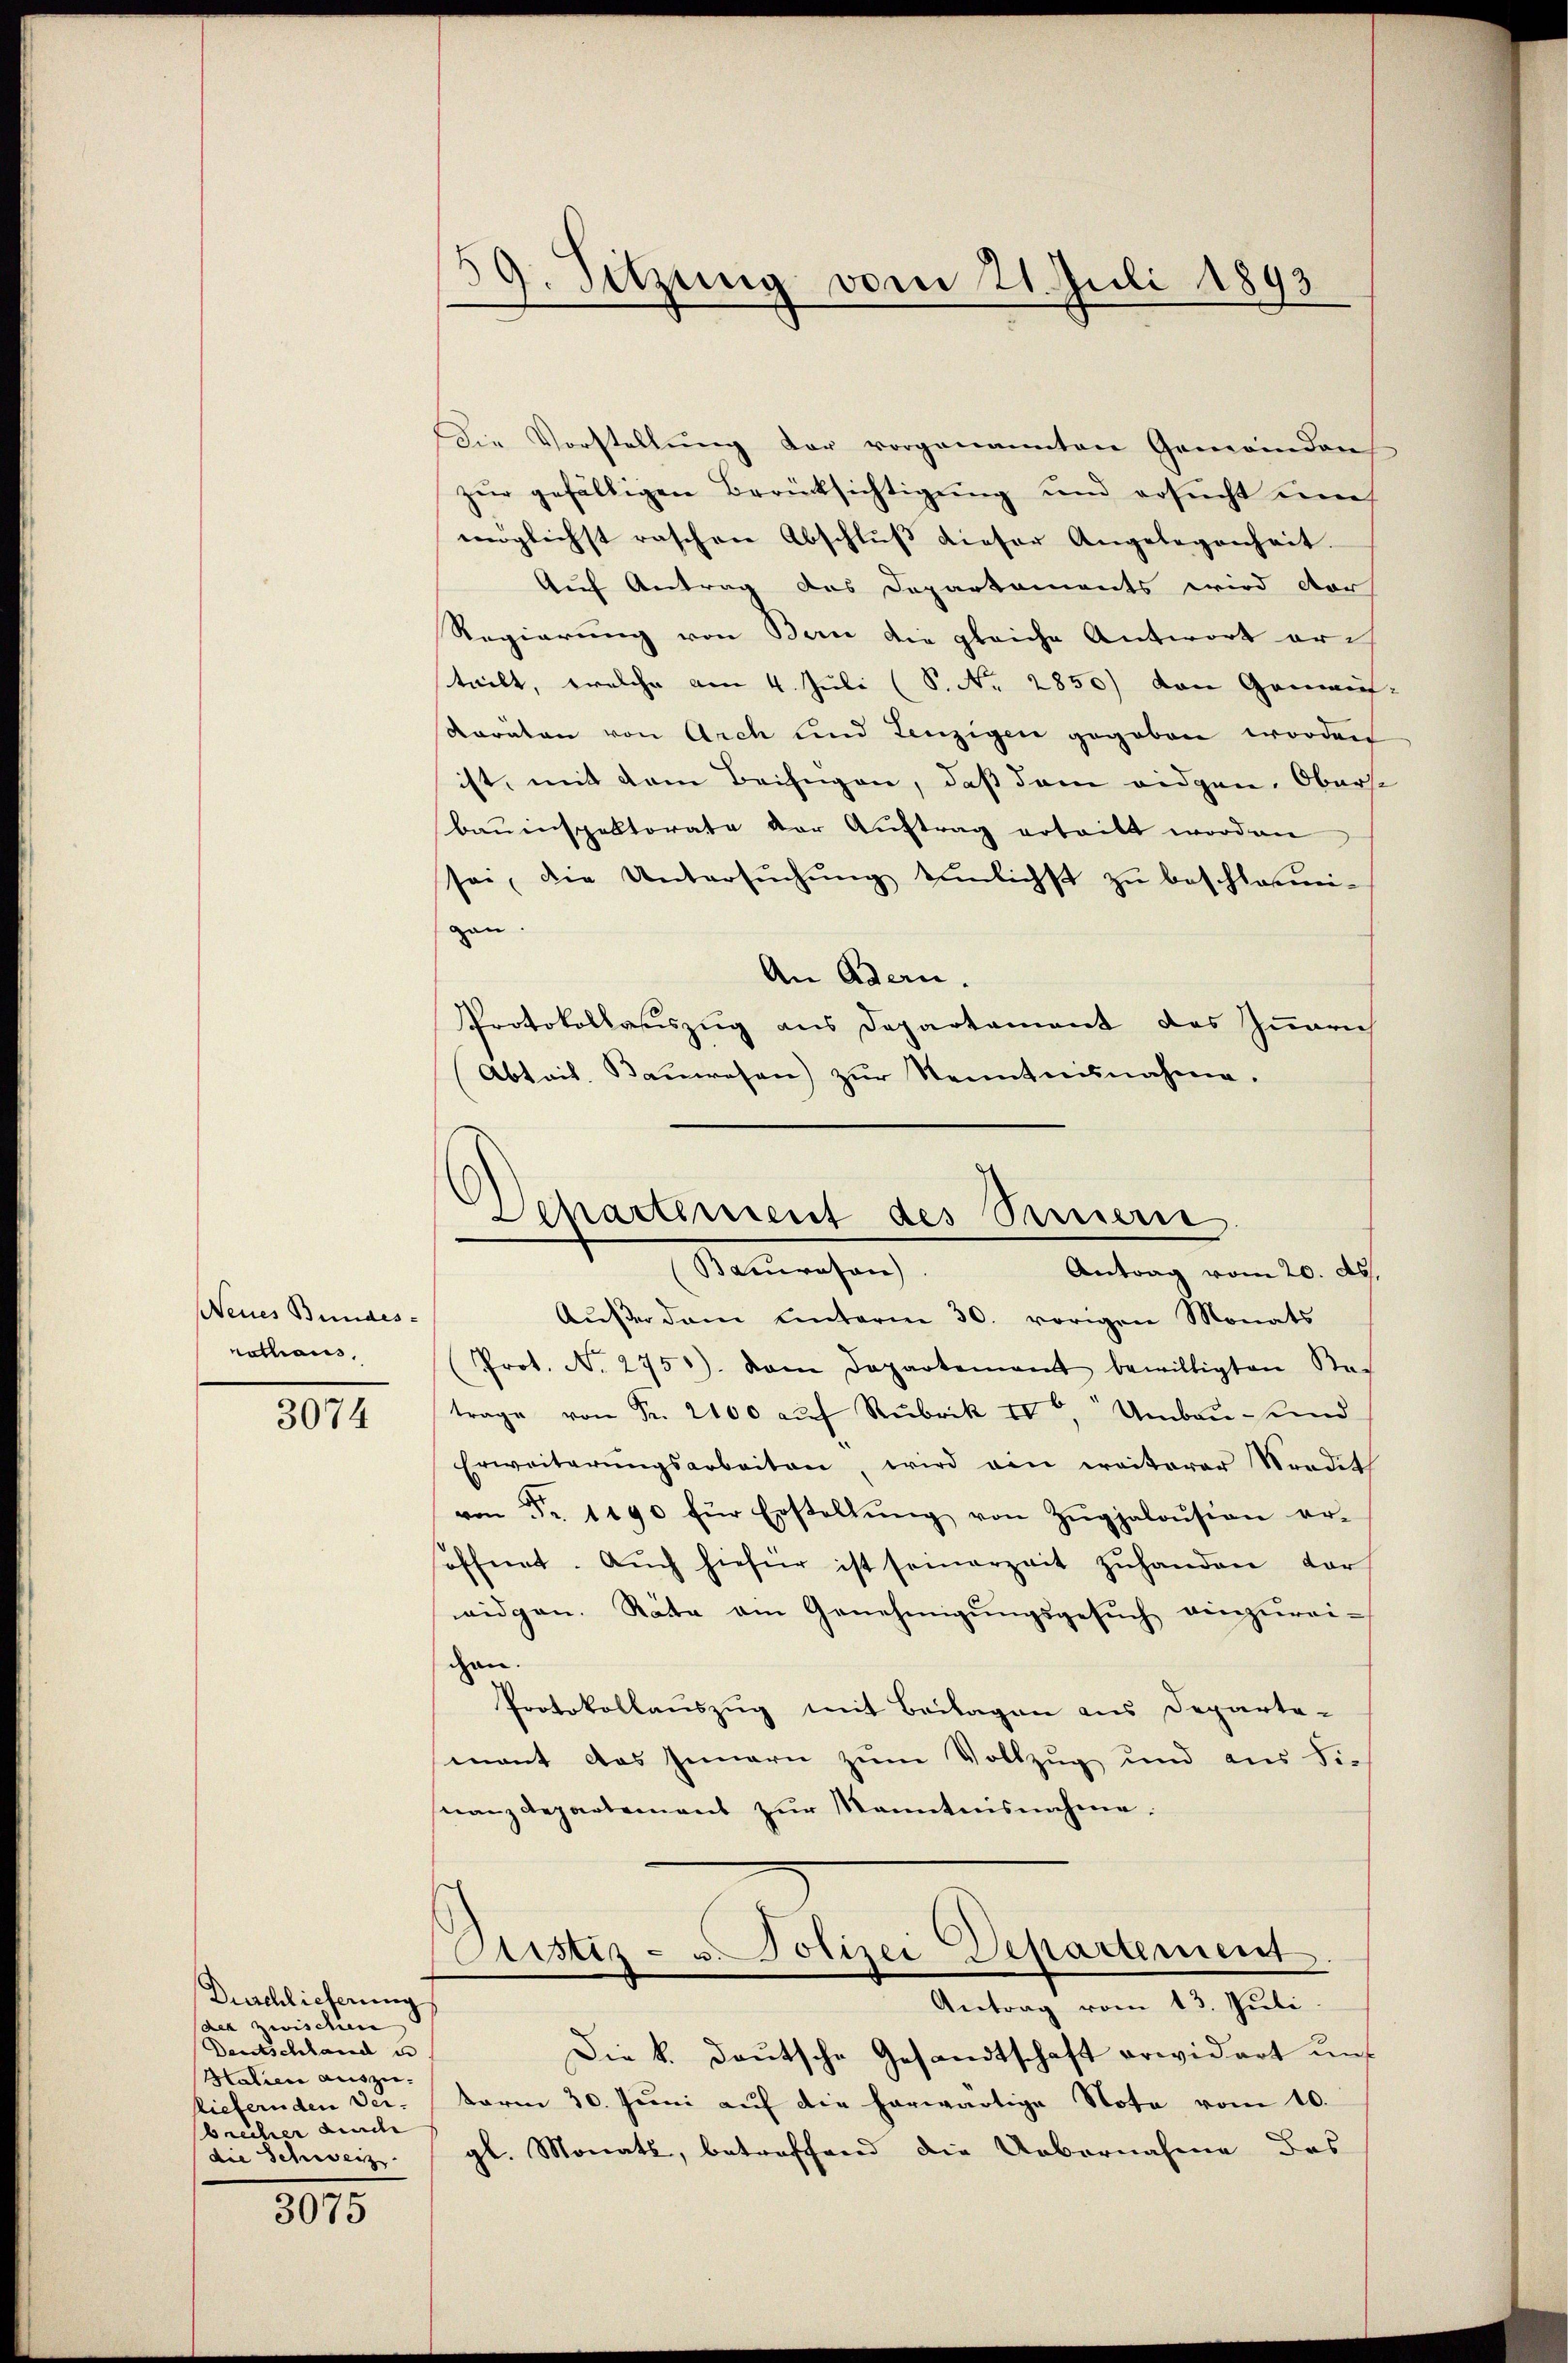
Neues Bundes-
nathaus,

3074

Duschlieferung
des zwischien
Deutschland u
Htalien auszuliefernden Verbrecher durch
die Schweiz.

3075

39. Sitzung vom 21. Juli 1893

Die Vorstellŭng der vorgenannten Gemeinden
zur gefälligen Berücksichtigung und ersucht nich
möglichst raschen Abschluß dieser Angelegenheit.
Auf Antrag des Departements wird dor
Regierung von Bern die gleiche Antwort arch
teilt, welche am 4. Juli (S. Nr. 2850) von Gemau¬
Koräton von Arch und Lenzigen gegeben worden
ist, mit dem Beifügen, daß dem eidgen. Oberse
bauinspektorate der Aŭftrag erteilt worden
sei, die Untersŭchŭng einlichst zu beschloßmi-
gan.
An Adern.
Protokollauszug aus Departement des Innern
Abtait. Bauwesen) zur Kenntnisnahme.

Außer dem unterm 30. vorigen Monats
Prot. No. 275). Dem Departement bewilligten Stad
trage von Fr. 2100 auf Rubrik IV, Umbau- und
Erweiterŭngsarbeiten, wird ein weiterer Stradit
von Fr. 1190 für Erstellŭng von Zŭghaloŭsion er-
öffnet. Aŭch hiefür ist seinerzeit zŭhanden dar
widgen. Räte am Genehmigŭngsgesŭch einzŭrei-
chen.
Protokollauszug mit Beilagen aus Departa-
ment das Innern zum Vollzug und aus die
nanzdepartement zŭr Kenntnisnahme:

Departement des Sinnern
Retrachen
Antrag vom 20. ds.

Cristiz- u. Polizei Departement
Antrag vom 13. Juli

Die k. deutsche Gesandtschaft erwidert uns
term 30. Juni auf die herwärtige Note vom 10.
gl. Monats, betreffend die Uebernahme des